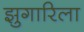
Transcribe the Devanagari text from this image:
झुगारिला